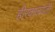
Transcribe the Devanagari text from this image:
हीरकजयंती